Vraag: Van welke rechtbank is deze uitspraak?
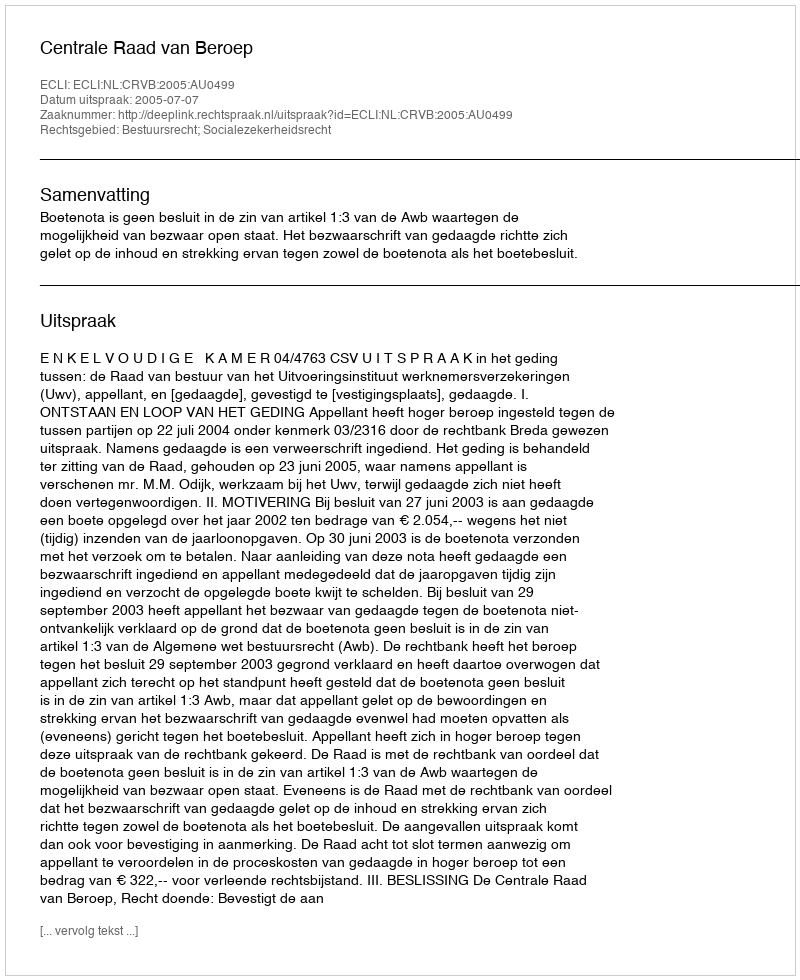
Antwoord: Centrale Raad van Beroep